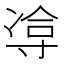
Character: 𪧹